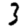
Digit: 3